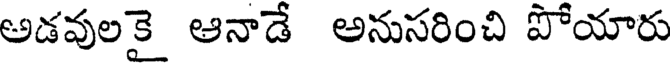
అడవులకై ఆనాడే అనుసరించి పోయారు